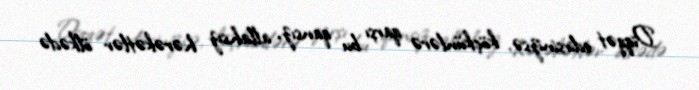
Diqqət edirsinizsə, köçkünlərə qarşı bu qansız, allahsız hərəkətlər ölkədə